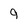
Character: 9